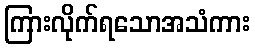
ကြားလိုက်ရသောအသံကား